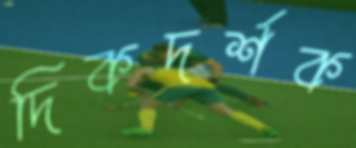
দিকদর্শক